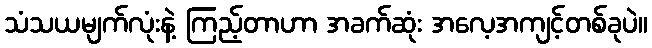
သံသယမျက်လုံးနဲ့ ကြည့်တာဟာ အခက်ဆုံး အလေ့အကျင့်တစ်ခုပဲ။